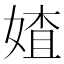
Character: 㜁